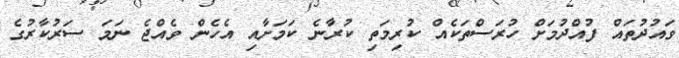
ވައުދުތައް ފުއްދުމަށް ހުރަސްތަކެއް ކުރިމަތި ކުރާނެ ކަމަށާއި އެހެން ވެއްޖެ ނަމަ ސަރުކާރުގެ